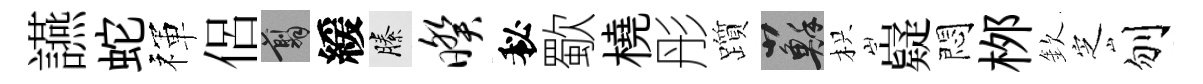
讌蛇禈侶翦緩縢暌秘歜橈彤躓蘇枳嶷悶桞欽㝎刎